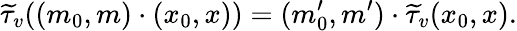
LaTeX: \widetilde{\tau}_{v}((m_{0},m)\cdot(x_{0},x))=(m_{0}^{\prime},m^{\prime})\cdot\widetilde{\tau}_{v}(x_{0},x).